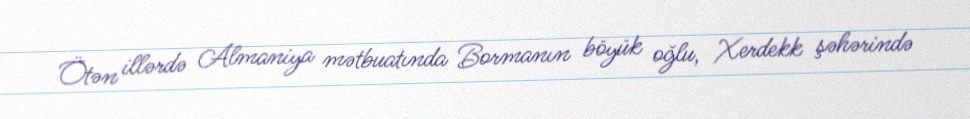
Ötən illərdə Almaniya mətbuatında Bormanın böyük oğlu, Xerdekk şəhərində